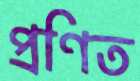
প্রণিত